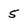
Character: 5